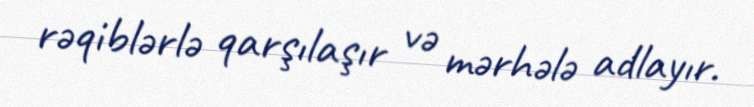
rəqiblərlə qarşılaşır və mərhələ adlayır.